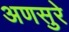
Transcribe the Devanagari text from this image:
अणसुरे